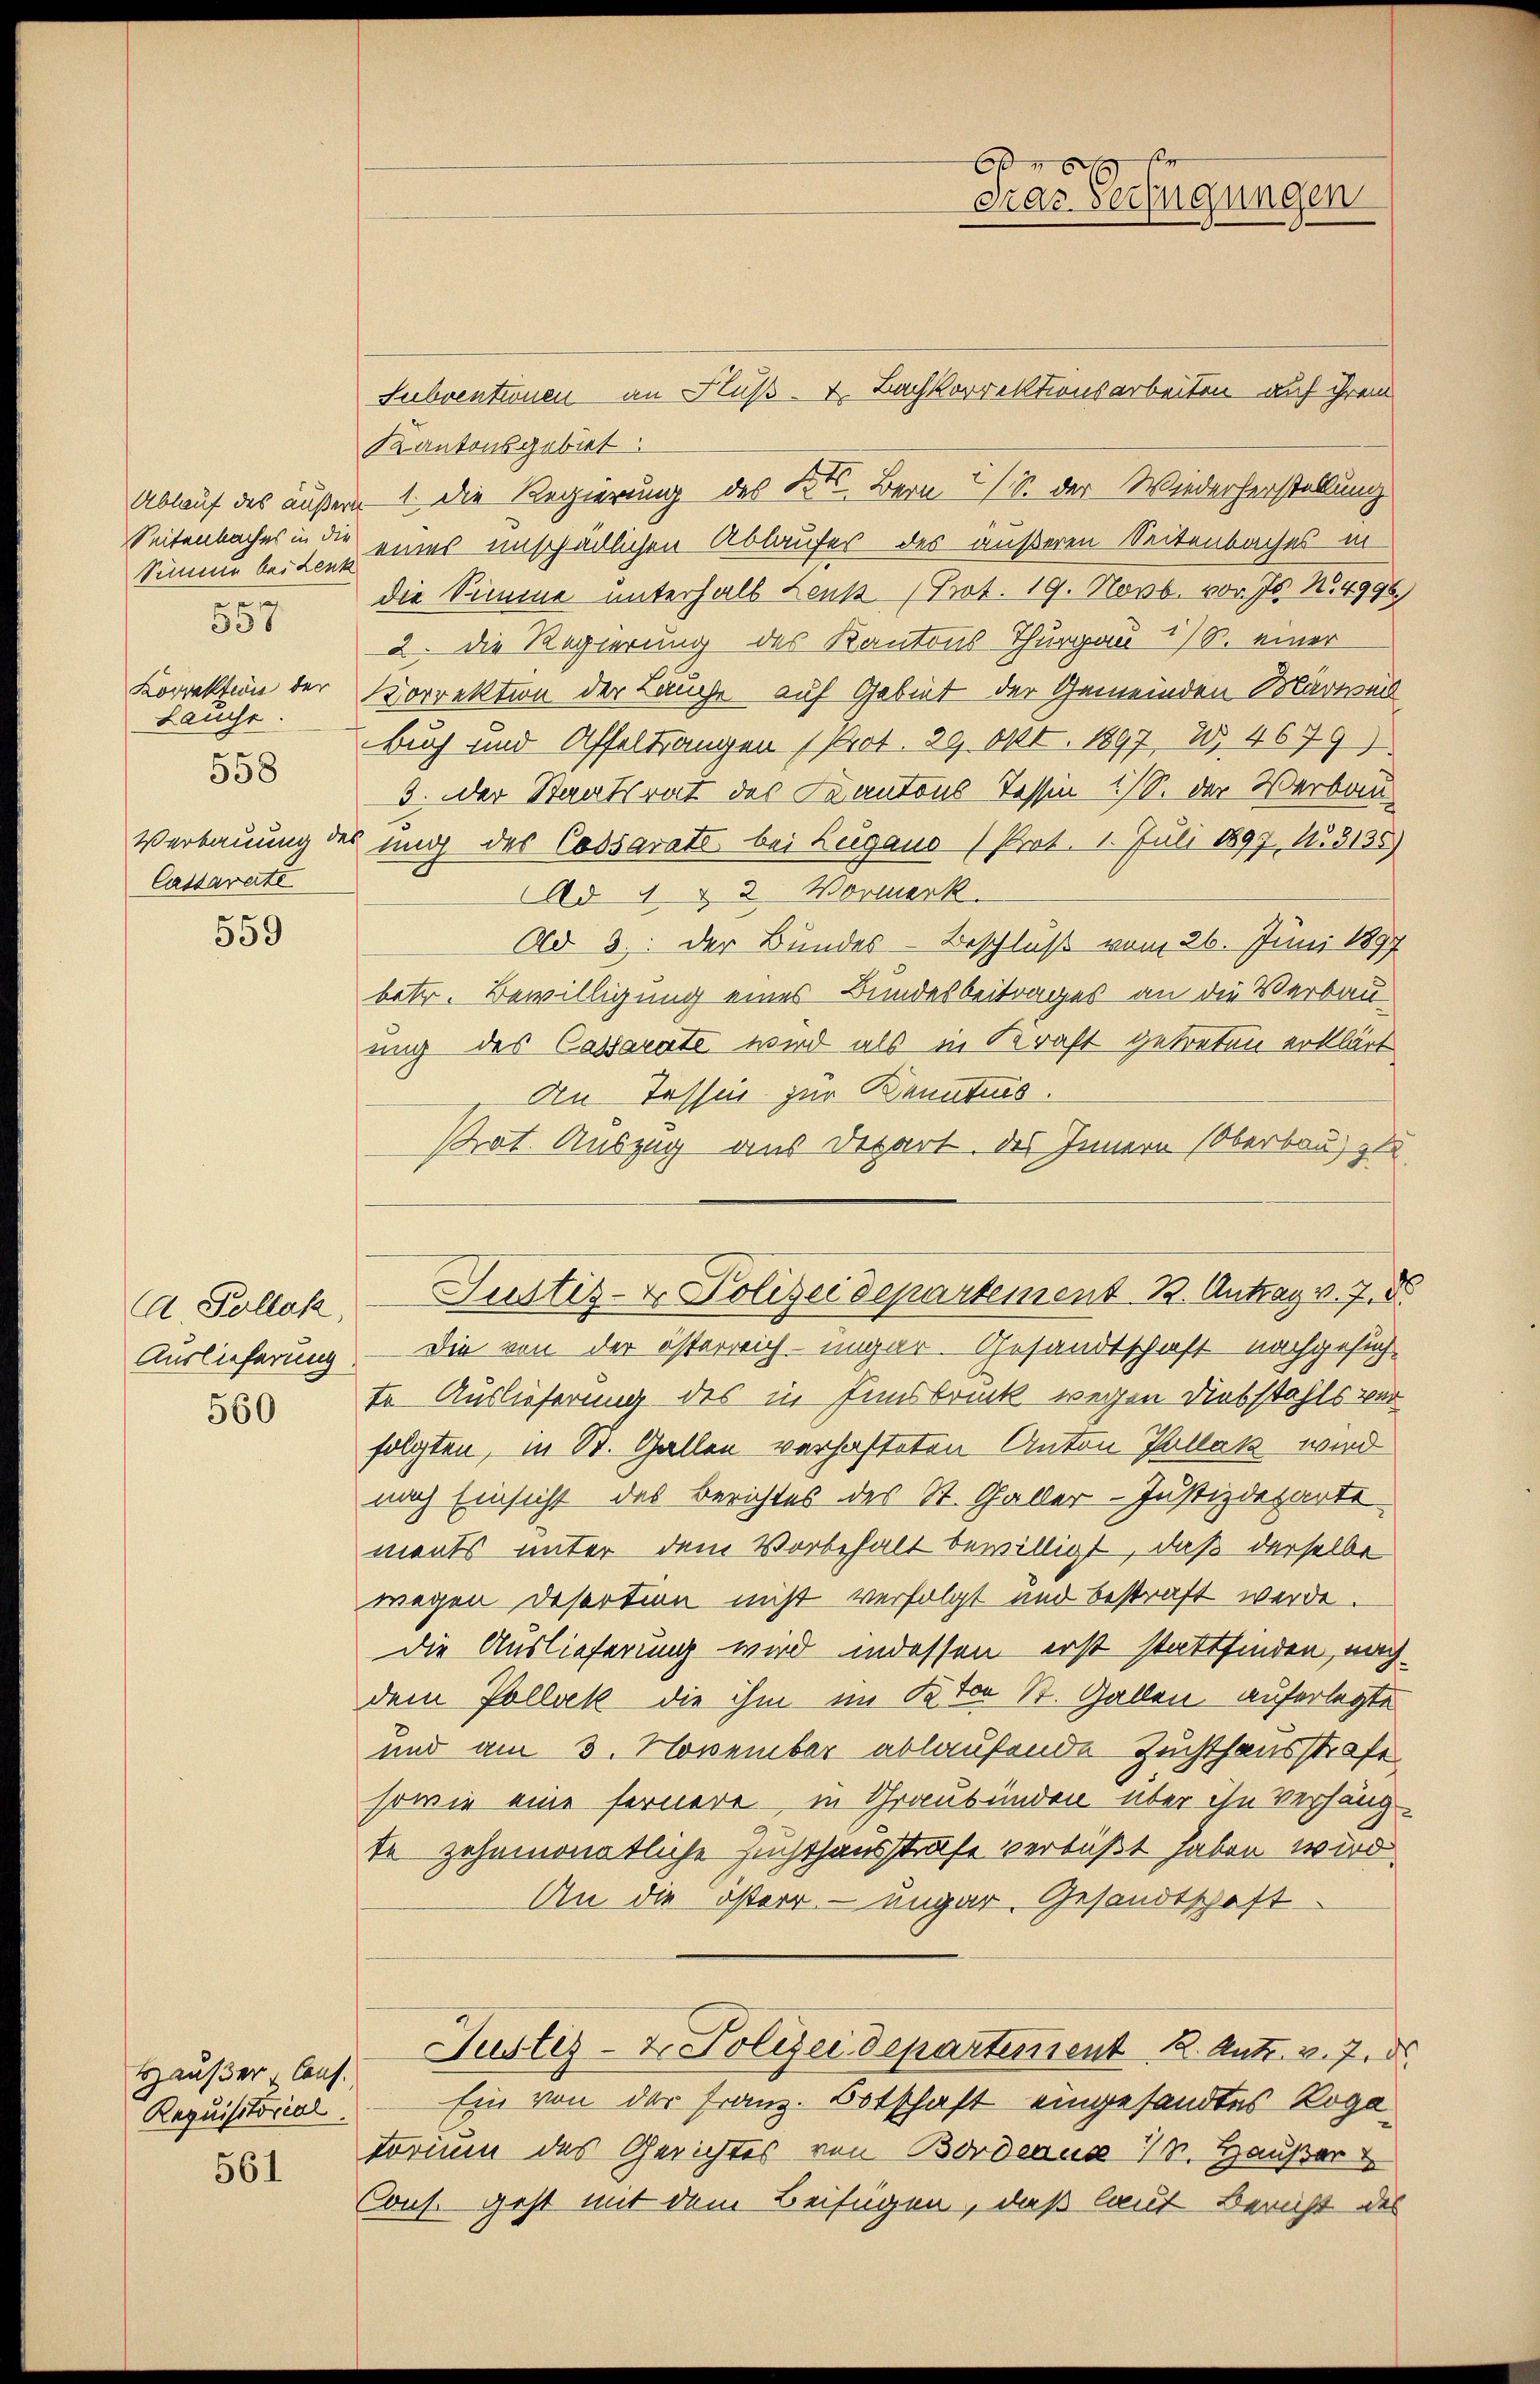
Sinner bei Lenk
e
536
Lauche.
558
Cassarate

559

A Pollak,
560

Haußer Cons.
Requisitorial.
561

Subventionen an Fluß- u. Bachkorrektionsarbeiten auf ihrem
Kantonsgebiet:
Ablauf des äußern 1. Die Regierung des Kts. Bern (S. der Wiederherstellung
Seitenbaches in die eines unscheitlichen Ablaufes des äußeren Seitenbaches in
die Simme unterhalb Leuk (Prot. 19. Novb. vor. Js. N. 4996.
2. Die Regierung des Kantons Thurgau 18. einer
Korrektion der Korrektion der Lauche auf Gebiet der Gemeinden Märweil
Buch und Affeltrangen (Prot. 29 Okt. 1897, W. 4679)
3. oder Staatsrat des Kantons Tessen 1/S. der Verbau
Verbauung des ung des Cossarats bei Leigano Prot. 1. Juli 1897, N. 3135)
Ad 1 & 2 Vormerk
Ad 3: Der Bundes-Beschluß vom 26. Juni 1897
betr. Bewilligung eines Bundesbeitrages an die Verbau-
ung des Cassarate wird als in Kraft getreten erklärt
An Tessin zur Kenntnis.
Proat. Auszug aus Depart. des Innern (Oberbau zu
Auslieferung. Die von der österreich-ungar. Gesandtschaft nachgesuchte Auslieferung des in Innsbruck wegen Diebstahls vor
folgten, in St. Gallen verhafteten Anton Pallat wird
nach Einsicht des Berichtes des St. Galler - Justizdeparte
ments unter dem Vorbehalt bewilligt, daß derselbe
wegen Desertion nicht verfolgt und bestraft werde.
die Auslieferung wird indessen erst stattfinden, nachdem Pollvek die ihm im Ston St. Gallen auferlegte
und am 3. November ablaufende Zuchthausstrafe
sowie eine fernere, in Graubünden über ihn Verhängte zehnmonatliche Zuchthausstrafe verbüßt haben wird.
An die österr. – ungar. Gesandtschaft
Suster- & Polizeidepartement 2. Antr. v. 7. d.
Ein von der Franz. Botschaft eingesandtes Rogatorium des Gerichtes von Borderun . Haußer
Cons. geht mit dem Beifügen, daß laut Bericht des

Justiz- & Polizeidepartement B. Antrag v. 7. d

6 x
Das Verfügungen